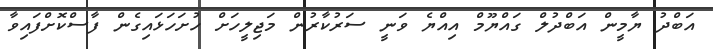
އަބްދު ޔާމީން އަބްދުލް ގައްޔޫމް އިއްޔެ ވަނީ ސަރުކާރުން މަޖިލީހަށް ހުށަހަޅައިގެން ފާސްކޮށްފައިވާ